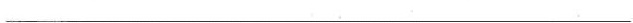
___